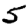
Digit: 5